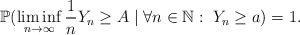
\begin{align*} \mathbb P(\liminf_{n \rightarrow \infty} \frac{1}{n} Y_n \geq A \mid \forall n \in \mathbb N:\; Y_n \geq a) = 1.\end{align*}